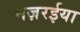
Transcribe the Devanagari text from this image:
नज़रईया